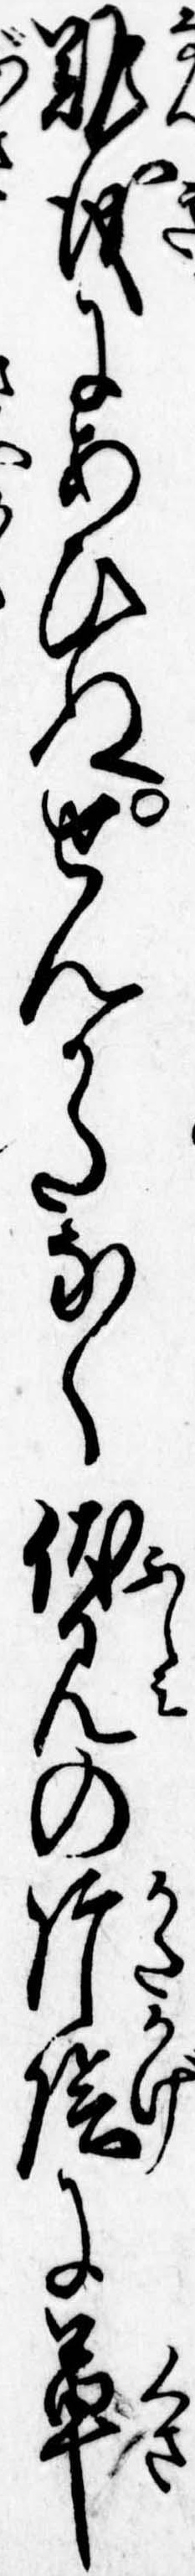
難儀にあひぬせんかたなく伏見の片陰に草